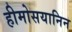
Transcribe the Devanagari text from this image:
हीमोसयानिन